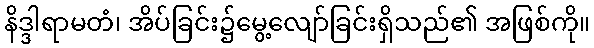
နိဒ္ဒါရာမတံ၊ အိပ်ခြင်း၌မွေ့လျော်ခြင်းရှိသည်၏ အဖြစ်ကို။